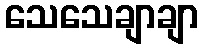
သေသေချာချာ